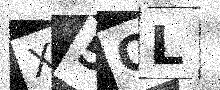
Text: X5QL